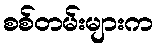
စစ်တမ်းများက